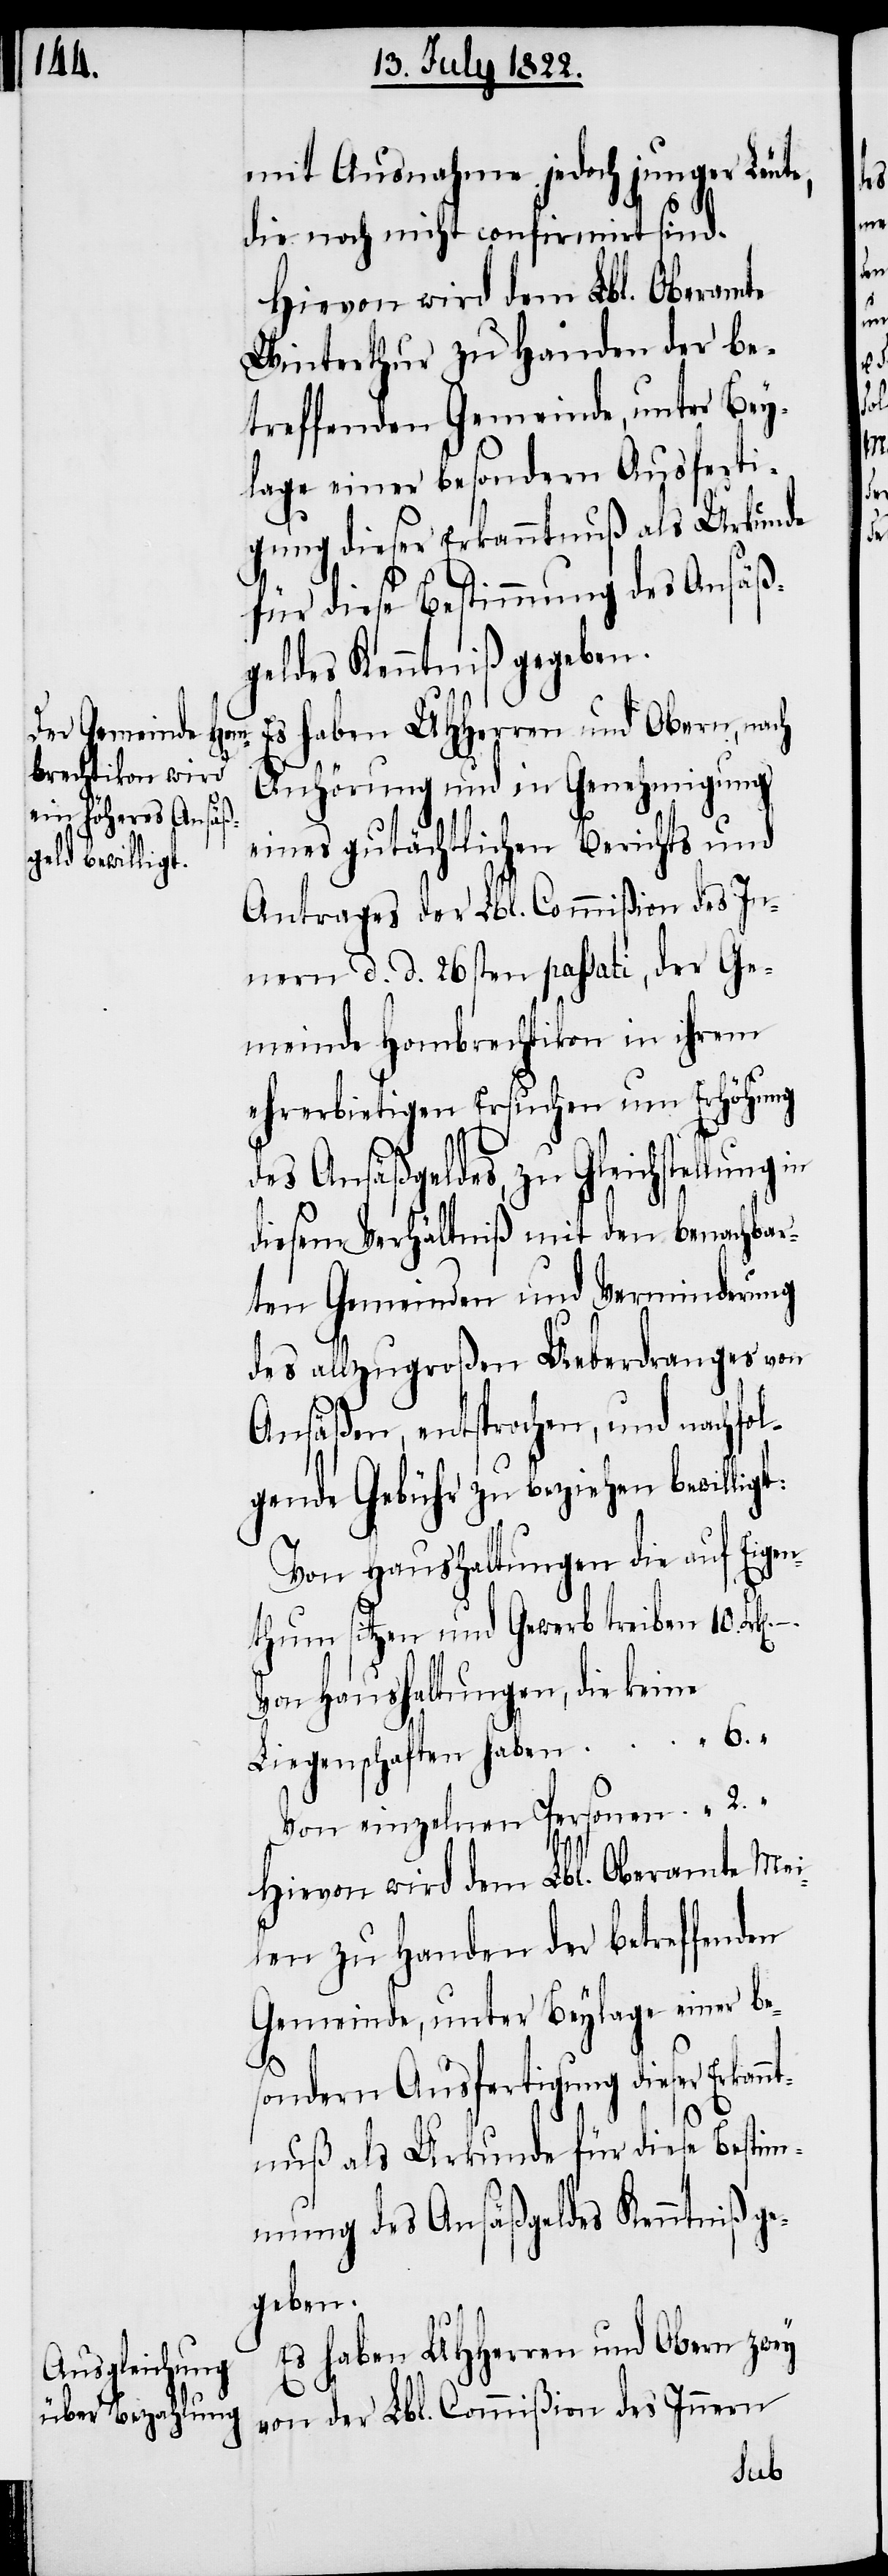
mit Ausnahme jedoch junger Leute,
die noch nicht confirmirt sind.
Hievon wird dem Lbl. Oberamte
Winterthur zu Handen der be¬
treffenden Gemeinde, unter Bey¬
lage einer besondern Ausferti¬
gung dieser Erkanntnuß als Urkunde
für diese Bestimmung des Ansäß¬
geldes Kenntniß gegeben.
Es haben UHHerren und Obern, nach
Anhörung und in Genehmigung
eines gutächtlichen Berichts und
Antrages der Lbl. Commißion des In¬
nern d. d. 26sten passati, der Ge¬
meinde Hombrechtikon in ihrem
ehrerbietigen Ersuchen um Erhöhung
des Ansäßgeldes, zu Gleichstellung
diesem Verhältniß mit den benachbar¬
ten Gemeinden und Verminderung
des allzugroßen Ueberdranges von
Ansäßen entsprochen, und nachfol¬
gende Gebühr zu beziehen bewil¬
Von Haushaltungen die auf Eigen¬
thum sitzen und Gewerb treiben 10.
Von Haushaltungen, die keine
Liegenschaften haben				 6. „
Von einzelnen Personen
Hievon wird dem Lbl. Oberamte Mei¬
len zu Handen der be¬
Es haben UHHerren und Obern zwey
von der Lbl. Commißion des Innern
ligt: